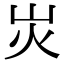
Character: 𡵖